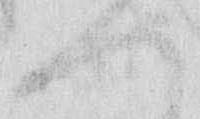
へ